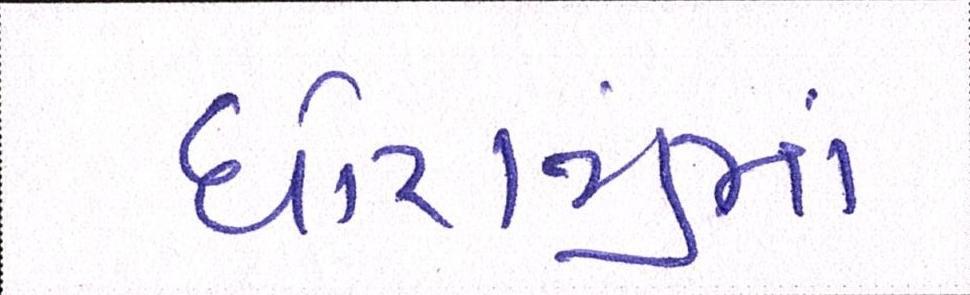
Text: ધોરાજીમાં